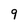
Character: 9